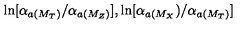
\ln [ \alpha _ { a ( M _ { T } ) } / \alpha _ { a ( M _ { Z } ) } ] , \ln [ \alpha _ { a ( M _ { X } } ) / \alpha _ { a ( M _ { T } ) } ]